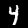
Label: 4